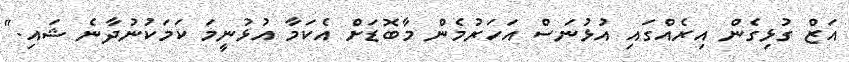
އަޒް ގުޅިގެން އިރެއްގައި އުޅުނަސް އަހަރުމެން މާބޮޑަށް އެކަމާ އުޅުނީމަ ކަމަކުނުދާނެ ޝައި."